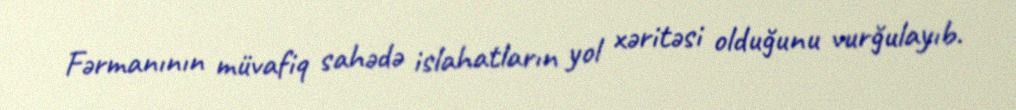
Fərmanının müvafiq sahədə islahatların yol xəritəsi olduğunu vurğulayıb.